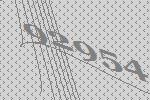
92954